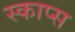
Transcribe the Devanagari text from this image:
स्काप्स